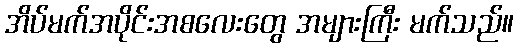
အိပ်မက်အပိုင်းအစလေးတွေ အများကြီး မက်သည်။